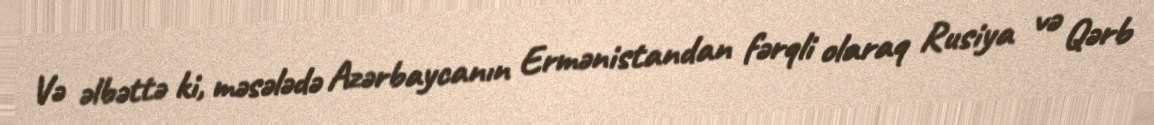
Və əlbəttə ki, məsələdə Azərbaycanın Ermənistandan fərqli olaraq Rusiya və Qərb